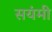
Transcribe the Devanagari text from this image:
सयंमी